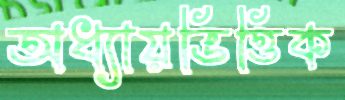
অধ্যায়ভিত্তিক